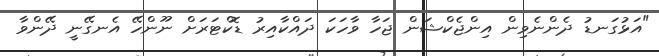
"އަޅުގަނޑު ދެންނެވިން އިންޖެކްޝަން ޖަހާ ވާހަކަ ދައްކާއިރު ޑޮކްޓަރަށް ނޫންހޭ އެނގޭނީ ދޭންވާ